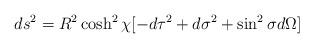
LaTeX: \begin{align*}ds^2=R^2\cosh^2\chi[-d\tau^2+d\sigma^2+\sin^2\sigma d\Omega]\end{align*}